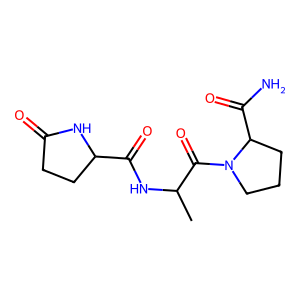
SMILES: CC(NC(=O)C1CCC(=O)N1)C(=O)N1CCCC1C(N)=O
Inhibits HIV replication: No